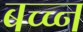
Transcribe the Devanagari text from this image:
बच्च्न